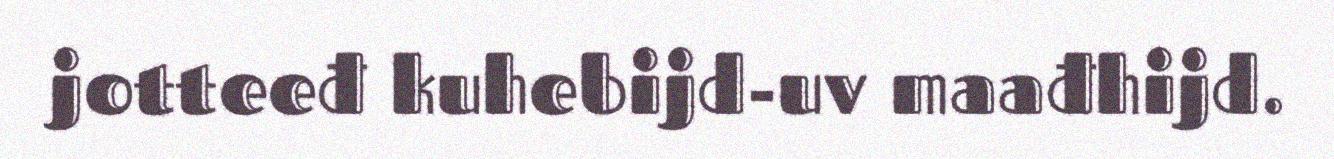
jotteeđ kuhebijd-uv maađhijd.